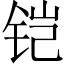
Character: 铠